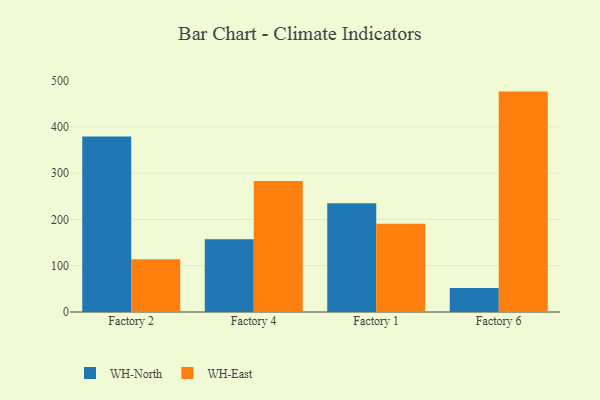
{"axis": {"x": "Factory", "y": "LTV (USD)"}, "legend": ["WH-East", "WH-North"], "data": [{"x": "Factory 2", "y": 379.2, "type": "WH-North"}, {"x": "Factory 2", "y": 114.0, "type": "WH-East"}, {"x": "Factory 4", "y": 157.0, "type": "WH-North"}, {"x": "Factory 4", "y": 283.2, "type": "WH-East"}, {"x": "Factory 1", "y": 234.8, "type": "WH-North"}, {"x": "Factory 1", "y": 190.9, "type": "WH-East"}, {"x": "Factory 6", "y": 52.0, "type": "WH-North"}, {"x": "Factory 6", "y": 476.1, "type": "WH-East"}]}